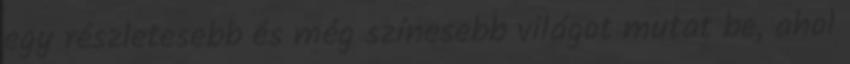
egy részletesebb és még színesebb világot mutat be, ahol